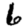
Digit: 6